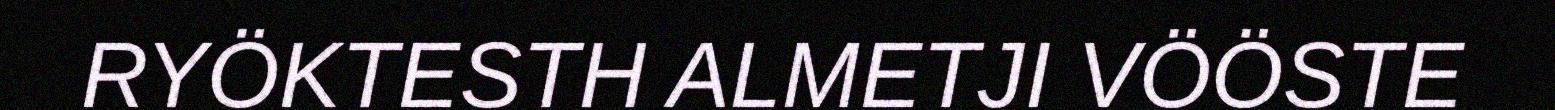
RYÖKTESTH ALMETJI VÖÖSTE